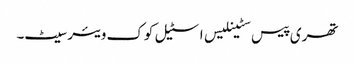
تھری پیس سٹینلیس اسٹیل کوک ویئر سیٹ۔